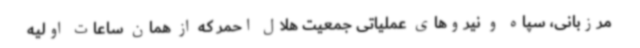
مرزبانی، سپاه و نیروهای عملیاتی جمعیت هلال احمر که از همان ساعات اولیه